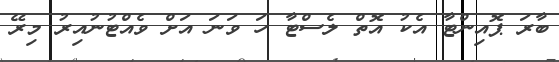
ބާރަ ޕޮއިންޓާ އެކު އޮތް ލެސްޓާ ހަ ވަނަ އަށް ވެއްޓުނުއިރު މިރޭ